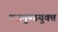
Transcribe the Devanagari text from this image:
गजमुण्डयुक्त